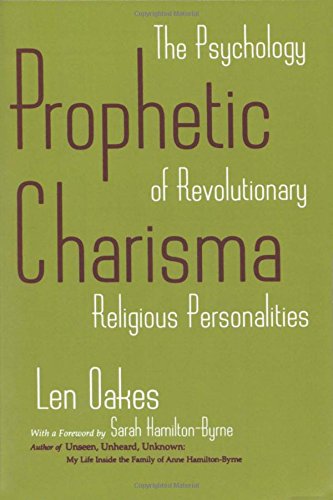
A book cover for Prophetic Charisma: The Psychology of Revolutionary Religious Personalities; Len Oakes; Christian Books & Bibles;